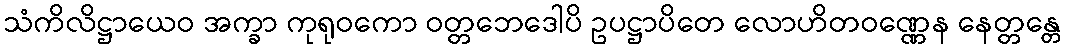
သံကိလိဋ္ဌာယေဝ အက္ခာ ကုရုဝကော ဝတ္တဘေဒေါပိ ဥပဋ္ဌာပိတေ လောဟိတဝဏ္ဏေန နေတ္တန္တေ